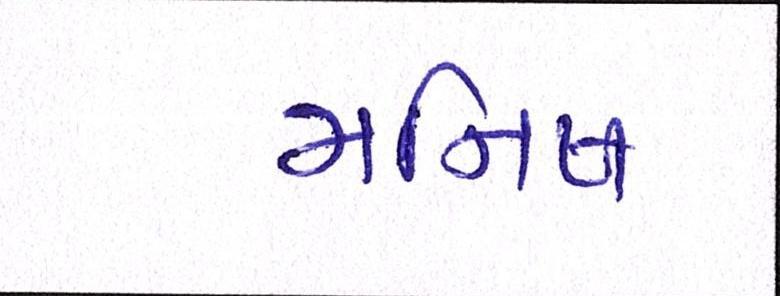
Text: મનિષ